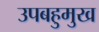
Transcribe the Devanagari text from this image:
उपबहुमुख